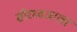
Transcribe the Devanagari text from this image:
सीरध्वजाला